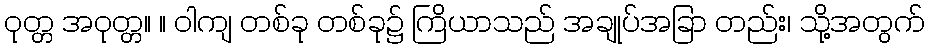
ဝုတ္တ အဝုတ္တ။ ။ ဝါကျ တစ်ခု တစ်ခု၌ ကြိယာသည် အချုပ်အခြာ တည်း၊ သို့အတွက်